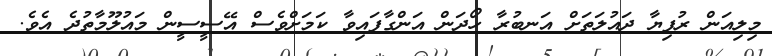
މިލިއަން ރުފިޔާ ދައުލަތަށް އަނބުރާ ހޯދަން އަންގާފައިވާ ކަމަށްވެސް އޭސީސީން މައުލޫމާތުދެ އެވެ.